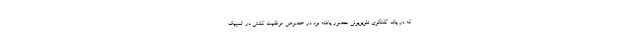
که در یک گفتگوی تلویزیونی حضور یافته بود در خصوص موفقیت کشتی در المپیک